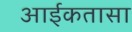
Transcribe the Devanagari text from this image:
आईकतासा